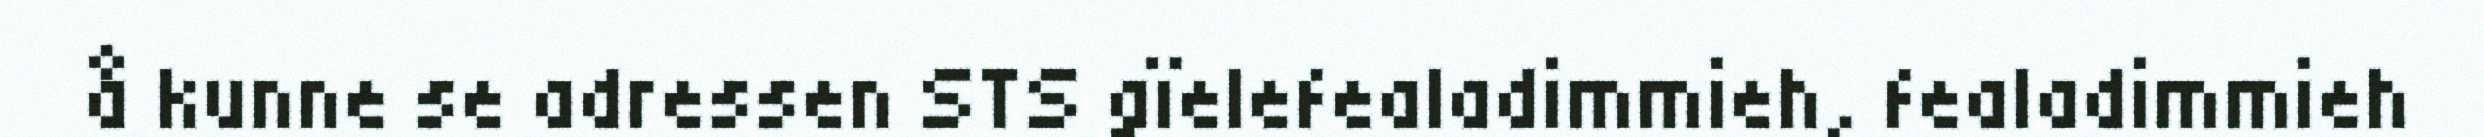
å kunne se adressen STS gïelefealadimmieh, fealadimmieh